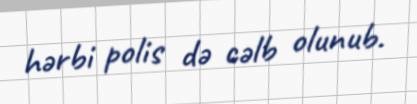
hərbi polis də cəlb olunub.